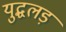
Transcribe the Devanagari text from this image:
युद्धलड़